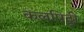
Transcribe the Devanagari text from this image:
कलपिट्टी